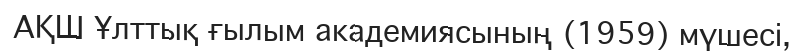
АҚШ Ұлттық ғылым академиясының (1959) мүшесі,